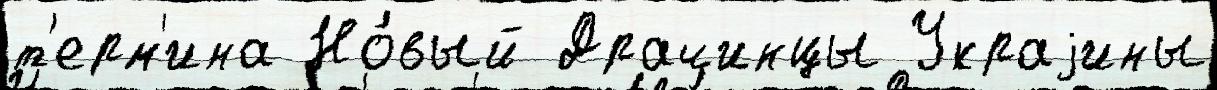
т'ерм'ина Но́вый Драчинцы Украjины